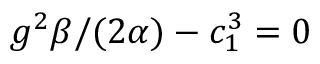
g ^ { 2 } \beta / ( 2 \alpha ) - c _ { 1 } ^ { 3 } = 0